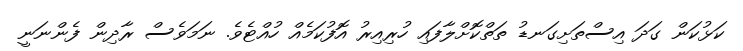
ކަޅުކަން ގަދަ އިސްތަށިގަނޑު ތަތްކޮށްލާފައި ހުރިއިރު އޮފުކަމެއް ހުއްޓެވެ. ނަމަވެސް ރާދިން ފެންނަނީ